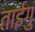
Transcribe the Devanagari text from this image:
ताईगु